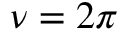
\nu = 2 \pi